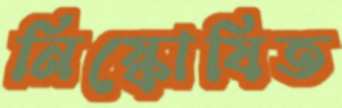
নিষ্কোষিত